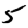
Digit: 5